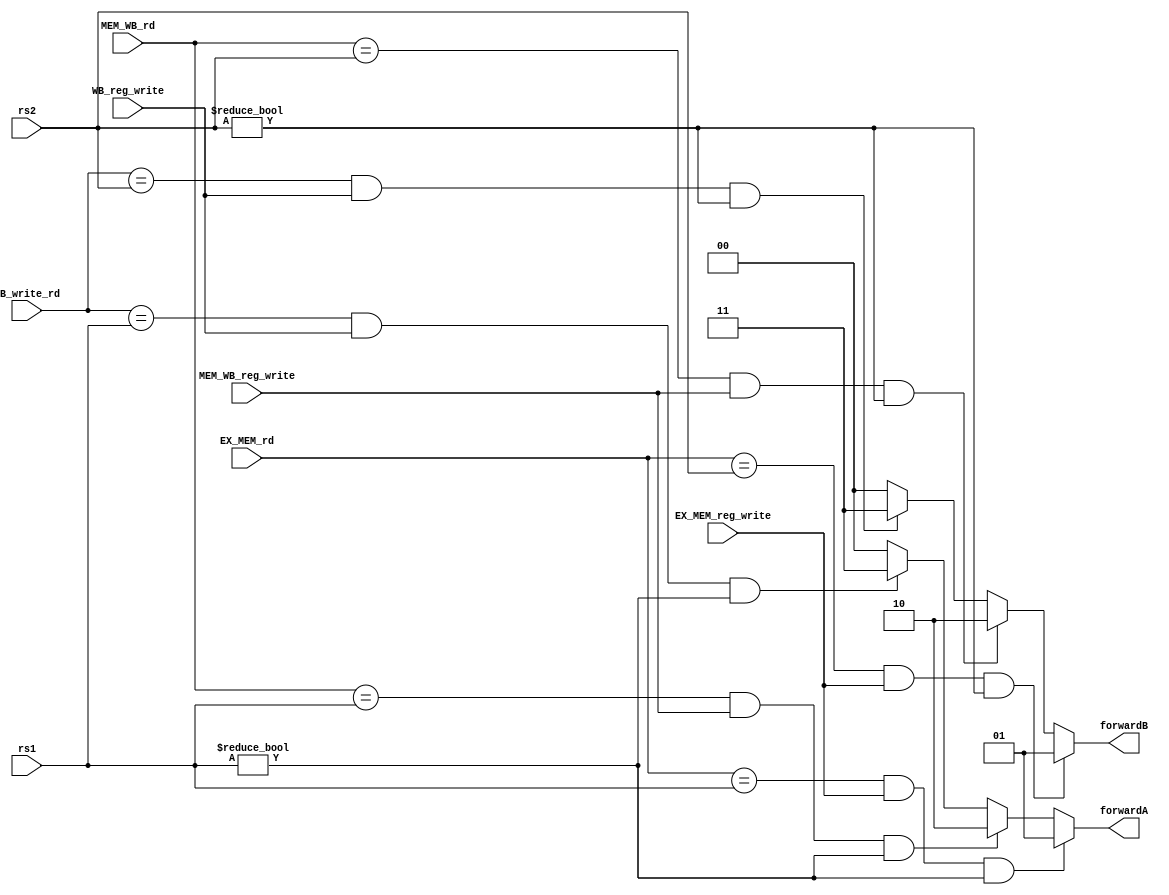
module ForwardingUnit(
                      input [4:0] rs1,
                      input [4:0] rs2,
                      input [4:0] EX_MEM_rd,
                      input [4:0] MEM_WB_rd,
                      input [4:0] WB_write_rd,
                      input EX_MEM_reg_write,
                      input MEM_WB_reg_write,
                      input WB_reg_write,
                      output reg [1:0] forwardA,
                      output reg [1:0] forwardB
                      );
    
    always @(*) begin
        forwardA = 2'b00;
        forwardB = 2'b00;

        // forwardA
       if (EX_MEM_rd == rs1 && EX_MEM_reg_write && rs1 != 0) begin // dist  = 1
            forwardA = 2'b01;
       end
       else if  (MEM_WB_rd == rs1 && MEM_WB_reg_write && rs1 != 0) begin  // dist = 2
            forwardA = 2'b10;
       end
       else if (WB_write_rd == rs1 && WB_reg_write && rs1 != 0) begin // dist = 3
            forwardA = 2'b11;
       end
        
        // forwardB
       if (EX_MEM_rd == rs2 && EX_MEM_reg_write && rs2 != 0) begin // dist  = 1
            forwardB = 2'b01;
       end
       else if  (MEM_WB_rd == rs2 && MEM_WB_reg_write && rs2 != 0) begin  // dist = 2
            forwardB = 2'b10;
       end
       else if (WB_write_rd == rs2 && WB_reg_write && rs2 != 0) begin // dist = 3
            forwardB = 2'b11; 
       end
    end

endmodule


module Forwardingunit_ecall(
    input[4:0] EX_MEM_rd,
    input[4:0] MEM_WB_rd,
    input[4:0] WB_write_rd,
    input EX_MEM_reg_write, 
    input MEM_WB_reg_write,
    input WB_reg_write,
    output [1:0] forward_ecall);
    
    reg [1:0] forward_ecall_reg;

    assign forward_ecall = forward_ecall_reg;
    always @(*) begin
        if((EX_MEM_rd == 5'd17) && EX_MEM_reg_write) begin
            forward_ecall_reg = 2'b01;
        end
        else if((MEM_WB_rd == 5'd17) && MEM_WB_reg_write) begin
            forward_ecall_reg = 2'b10;
        end
        else if((WB_write_rd == 5'd17) && WB_reg_write) begin
            forward_ecall_reg = 2'b11;
        end
        else
            forward_ecall_reg = 2'b0;
    end
endmodule